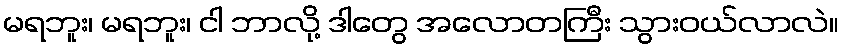
မရဘူး၊ မရဘူး၊ ငါ ဘာလို့ ဒါတွေ အလောတကြီး သွားဝယ်လာလဲ။